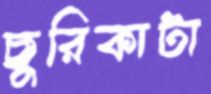
ছুরিকাটা